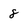
Character: 8